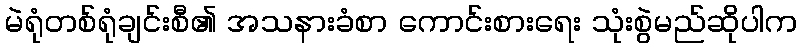
မဲရုံတစ်ရုံချင်းစီ၏ အသနားခံစာ ကောင်းစားရေး သုံးစွဲမည်ဆိုပါက